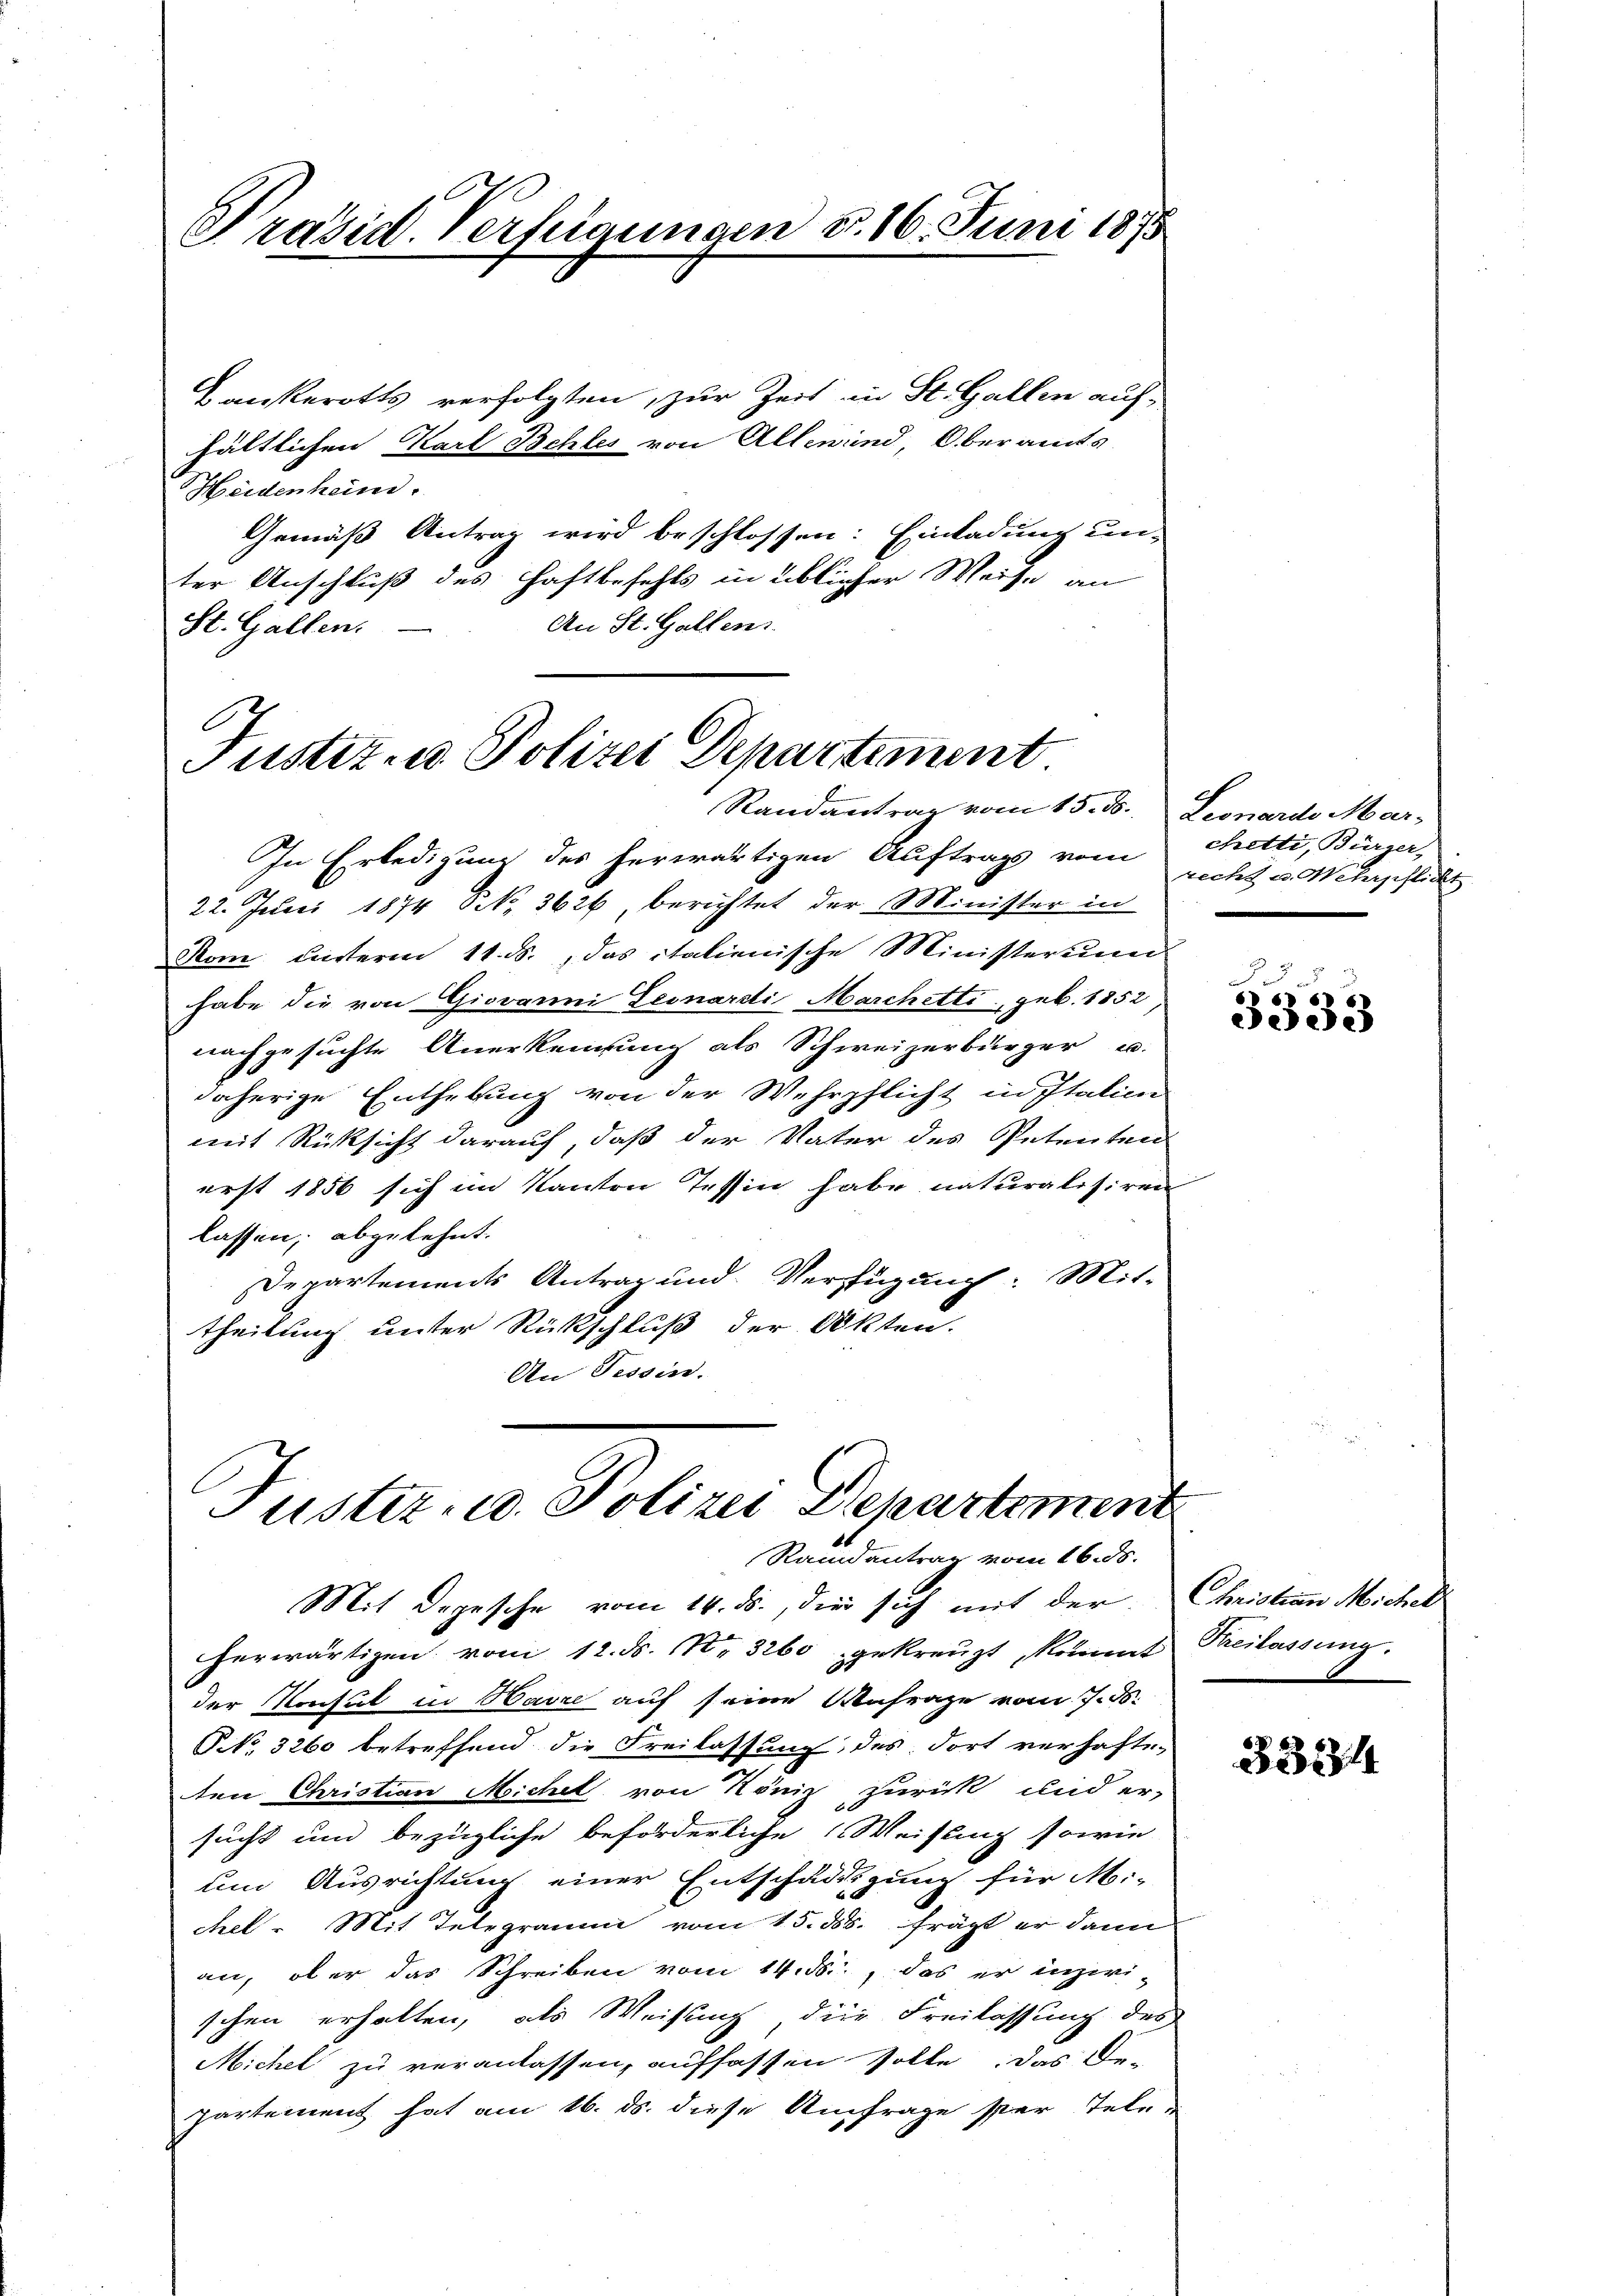
Präsid. Verheinungen d. 16. Juni 1875

Cankerotts verfolgten, zur Zeit in St. Gallen auf
hältlichen Karl Behles von Allemand, Oberamts-
Heidenheim.
Gemäß Antrag wird beschlossen: Einladung un-
ter Anschluß des Haftbefehls in üblicher Weise an
An St. Gallen.
St. Gallen.

Justiz u. Polizei Departement.
Randantrag vom 15. ds. Leonardo Mar-

In Erledigung des herwärtigen Auftrags vom
22. Juni 1874 S. 3626, berichtet der Minister in
Rom unterm 11. ds. das italienische Ministerium
habe die von Giovanni Leonardi Marchetti, geb. 1852,
nachgesuchte Anerkennung als Schweizerbürger u.
daherige Enthebung von der Wehrpflicht in Italien
mit Rücksicht darauf, daß der Vater des Petenten
erst 1856 sich im Kanton Tessin habe naturalisiren
lassen, abgelehnt.
Departements Antrag und Verfügung: Mit-
theilung unter Rückschluß der Akten.
An Tessin.

Justiz- u. Polizei Departemen
Randantrag vom 16. ds.

Mit Depesche vom 14. ds., die sich mit der Christian Michel
herwärtigen vom 12. ds. N. 3260 gekreuzt, kommt Teilassung.
der Konsul in Havre auf seine Anfrage vom 7. d.
NNNo. 3260 betreffend die Freilassung, des dort verhaften
ten Christian Michel von Köniz zurück und er-
sucht und bezügliche beförderliche Weisung sowie
um Ausrichtung einer Entschädigung für Mi-
chel - Mit Telegramm vom 15. ds. frägt er dann
an, ob er das Schreiben vom 14. ds., das er inzwi
schen erhalten, als Weisung die Freilassung des
Michel zu veranlassen, auffassen solle. Das De-
partement hat am 16. ds. diese Umfrage ser Tele-

chetti, Bürger,
recht u. Mehrpflicht

2
Se
6
22

33214